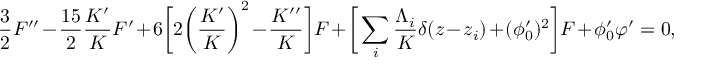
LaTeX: \frac { 3 } { 2 } F ^ { \prime \prime } - \frac { 1 5 } { 2 } \frac { K ^ { \prime } } { K } F ^ { \prime } + 6 \bigg [ 2 \bigg ( \frac { K ^ { \prime } } { K } \bigg ) ^ { 2 } - \frac { K ^ { \prime \prime } } { K } \bigg ] F + \bigg [ \sum _ { i } \frac { \Lambda _ { i } } { K } \delta ( z - z _ { i } ) + ( \phi _ { 0 } ^ { \prime } ) ^ { 2 } \bigg ] F + \phi _ { 0 } ^ { \prime } \varphi ^ { \prime } = 0 ,